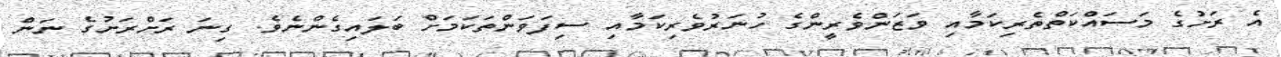
އެ ރަށުގެ މަސައްކަތްތެރިކަމާއި ވަޒަންވެރީންގެ ހުނަރުވެރިކަމާއި ސިފަވަންތަކަމަށް ބަލައިގެންނެވެ. ގިނަ ރަށްރަށުގެ ނަން